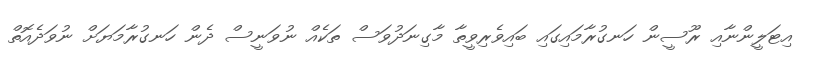
އިޓަލީންނާއި ރޫސީން ހަނގުރާމައިގައި ބައިވެރިވީތާ މާގިނަދުވަސް ތަކެއް ނުވަނީސް ދެން ހަނގުރާމަޔަށް ނުވަދެއޮތް